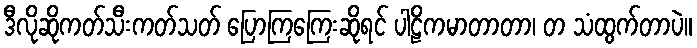
ဒီလိုဆိုကတ်သီးကတ်သတ် ပြောကြကြေးဆိုရင် ပါဠိကမာတာတာ၊ တ သံထွက်တာပဲ။